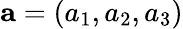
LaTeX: \mathbf{a}=(a_{1},a_{2},a_{3})